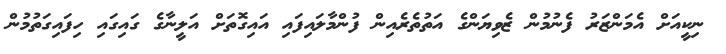
ނިކީއަށް އެމަންޒަރު ފެނުމުން ޒެވިޔަންގެ އަތުތެރެއިން ފުންމާލައިފައި އައިގޮތަށް އަލީނާގެ ގައިގައި ހިފައިގަތުމުން